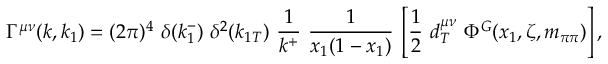
\Gamma ^ { \mu \nu } ( k , k _ { 1 } ) = ( 2 \pi ) ^ { 4 } ~ \delta ( k _ { 1 } ^ { - } ) ~ \delta ^ { 2 } ( k _ { 1 T } ) ~ \frac { 1 } { k ^ { + } } ~ \frac { 1 } { x _ { 1 } ( 1 - x _ { 1 } ) } \nonumber \, \left[ \frac { 1 } { 2 } ~ d _ { T } ^ { \mu \nu } ~ \Phi ^ { G } ( x _ { 1 } , \zeta , m _ { \pi \pi } ) \right] ,